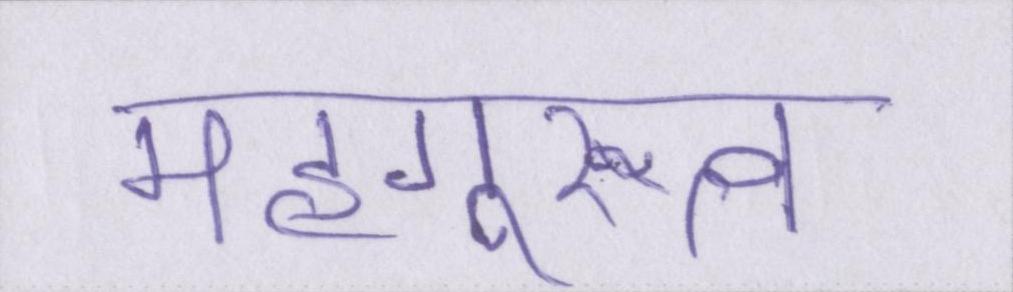
महागुरुत्व